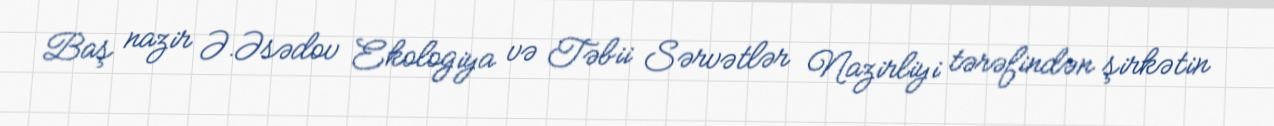
Baş nazir Ə.Əsədov Ekologiya və Təbii Sərvətlər Nazirliyi tərəfindən şirkətin